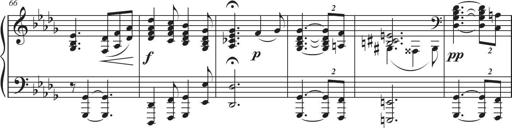
Title: Sonatina in D major
Composer: Shota Saitoh
Key: D major